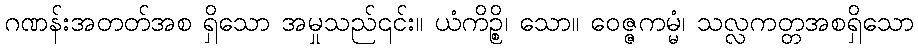
ဂဏန်းအတတ်အစ ရှိသော အမှုသည်၎င်း။ ယံကိဉ္စိ၊ သော။ ဝေဇ္ဇကမ္မံ၊ သလ္လကတ္တအစရှိသော